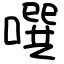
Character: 噀